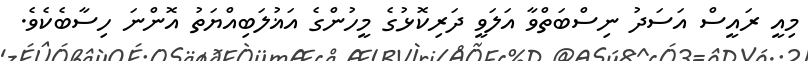
މިއީ ރައީސް އަސަދު ނިސްބަތްވާ އަލަވީ ދަރިކޮޅުގެ މީހުންގެ އަޣުލަބިއްޔަތު އޮންނަ ހިސާބެކެވެ.